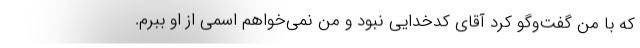
که با من گفت‌وگو کرد آقای کدخدایی نبود و من نمی‌خواهم اسمی از او ببرم.